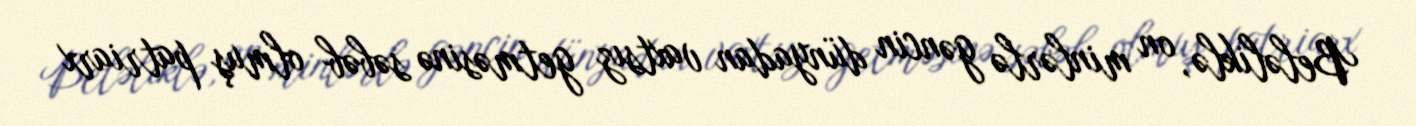
Beləliklə, on minlərlə gəncin dünyadan vaxtsız getməsinə səbəb olmuş patriarx